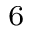
_ 6